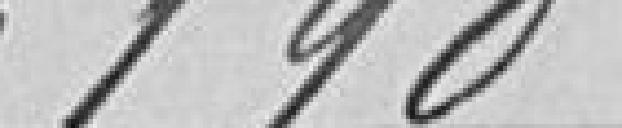
6190